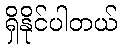
ရှိနိုင်ပါတယ်